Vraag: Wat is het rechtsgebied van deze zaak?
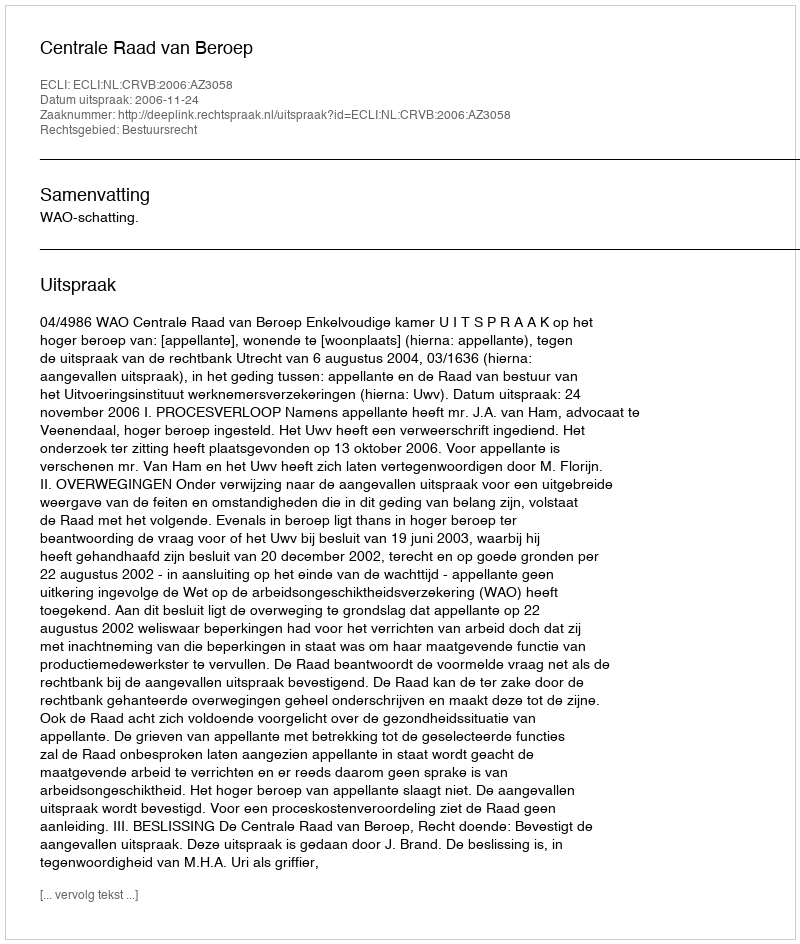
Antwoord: Bestuursrecht